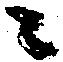
ニ